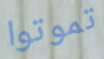
تموتوا